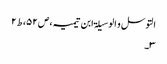
التوسل و الوسیلۃ ابن تیمیہ،ص۵۲،ط۲
۳۔